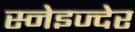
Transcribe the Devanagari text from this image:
स्नेइज्देर